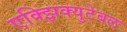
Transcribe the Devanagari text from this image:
एक्झिक्युटेबल